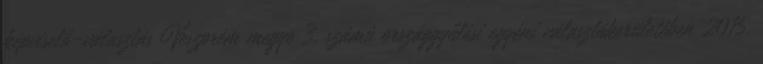
képviselő-választás Veszprém megye 3. számú országgyűlési egyéni választókerületében 2015.